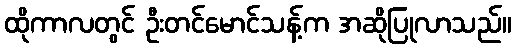
ထိုကာလတွင် ဦးတင်မောင်သန့်က အဆိုပြုလာသည်။